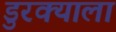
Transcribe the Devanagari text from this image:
डुरक्याला